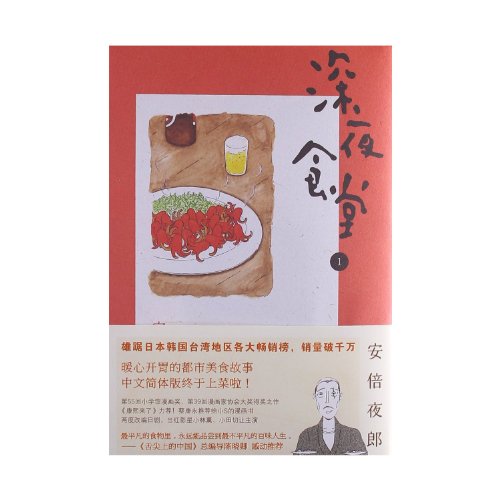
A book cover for Shinya Shokudo 1 (Chinese Edition); Abe Yaro; Comics & Graphic Novels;